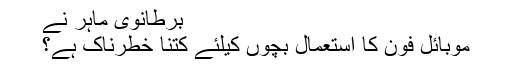
برطانوی ماہر نے
موبائل فون کا استعمال بچوں کیلئے کتنا خطرناک ہے؟